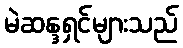
မဲဆန္ဒရှင်များသည်